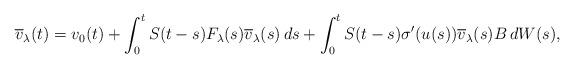
LaTeX: \begin{align*} \overline{v}_\lambda(t) = v_0(t) + \int_0^t S(t-s) F_\lambda(s) \overline{v}_\lambda(s)\,ds + \int_0^t S(t-s) \sigma'(u(s)) \overline{v}_\lambda(s) B\,dW(s),\end{align*}